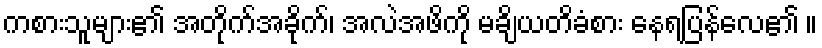
ကစားသူများ၏ အတိုက်အခိုက်၊ အလဲအဖိကို မချိယတိခံစား နေရပြန်လေ၏ ။